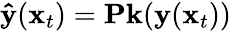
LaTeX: \mathbf{\hat{y}}(\mathbf x_{t})=\mathbf P\mathbf{k}(\mathbf y(\mathbf x_{t}))